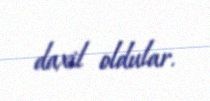
daxil oldular.